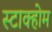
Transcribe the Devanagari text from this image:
स्टाक्होम